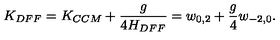
K _ { D F F } = K _ { C C M } + \frac { g } { 4 H _ { D F F } } = w _ { 0 , 2 } + { \frac { g } { 4 } } w _ { - 2 , 0 } .